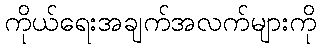
ကိုယ်ရေးအချက်အလက်များကို